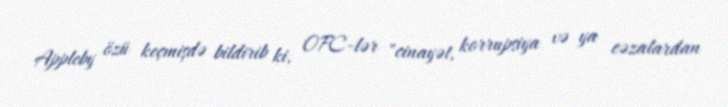
Appleby özü keçmişdə bildirib ki, OFC-lər "cinayət, korrupsiya və ya cəzalardan